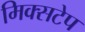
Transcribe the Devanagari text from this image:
मिक्सटेप